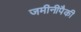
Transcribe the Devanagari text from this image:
जमीनीपैकी